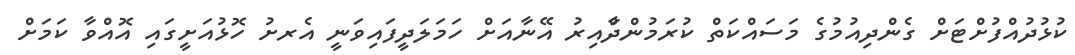
ކުޅުދުއްފުށްޓަށް ގެންދިއުމުގެ މަސައްކަތް ކުރަމުންދާްއިރު އޭނާއަށް ހަމަލަދީފައިވަނީ އެރށު ހޮޅުއަށީގައި އޮއްވާ ކަމަށް